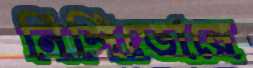
নিশিভোরে